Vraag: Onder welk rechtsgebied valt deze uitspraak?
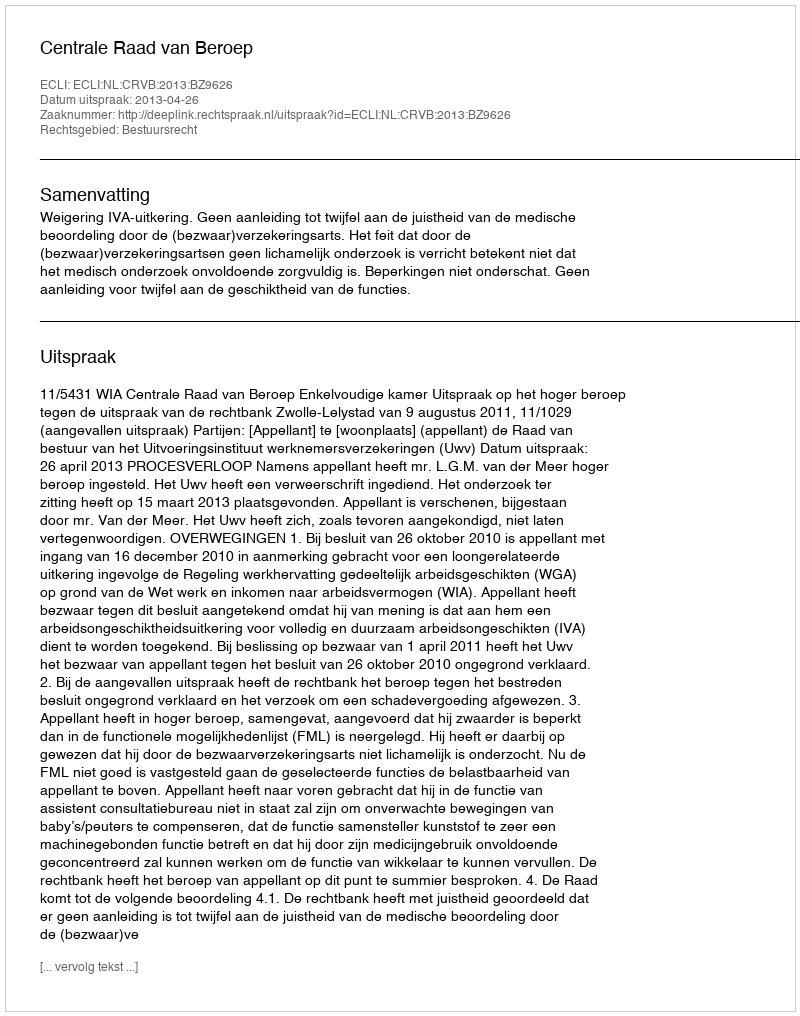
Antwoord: Bestuursrecht